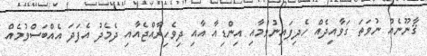
ޤާނޫނެއް ނުވަތަ ގަވާއިދެއް ހެދިފައިނުވުމާއި އިންޑިއާ އާއި ދިވެހިރާއްޖެއާއި ދެމެދު އެފަދަ އެއްބަސްވުމެއް